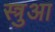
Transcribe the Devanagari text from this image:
स्त्रुआ